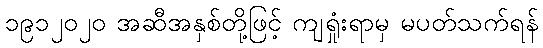
၁၉၁၂၀၂၀ အဆီအနှစ်တို့ဖြင့် ကျရှုံးရာမှ မပတ်သက်ရန်